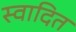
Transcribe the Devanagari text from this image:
स्वादित